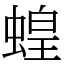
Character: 蝗